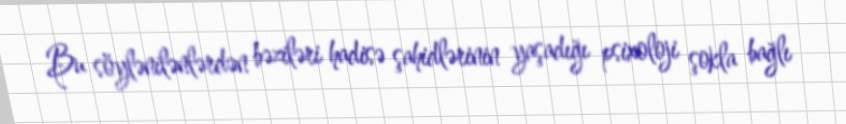
Bu söylənilənlərdən bəziləri hadisə şahidlərinin yaşadığı psixoloji şokla bağlı